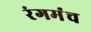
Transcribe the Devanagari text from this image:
रंगमंंच